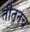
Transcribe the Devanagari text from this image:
तीतूनच